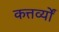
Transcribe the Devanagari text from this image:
कत्तर्व्यों